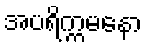
အပရိက္ကမနော